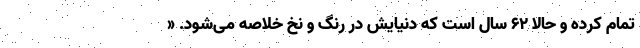
تمام کرده و حالا ۶۲ سال است که دنیایش در رنگ و نخ خلاصه می‌شود. «